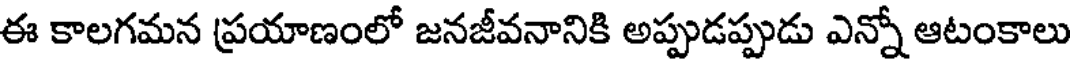
ఈ కాలగమన ప్రయాణంలో జనజీవనానికి అప్పుడప్పుడు ఎన్నో ఆటంకాలు